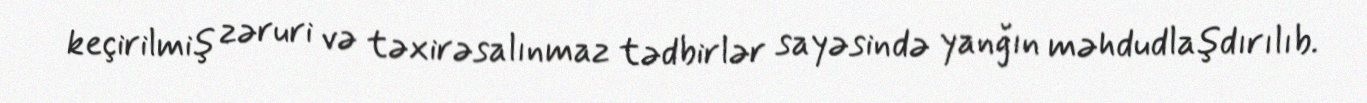
keçirilmiş zəruri və təxirəsalınmaz tədbirlər sayəsində yanğın məhdudlaşdırılıb.